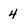
Character: 4